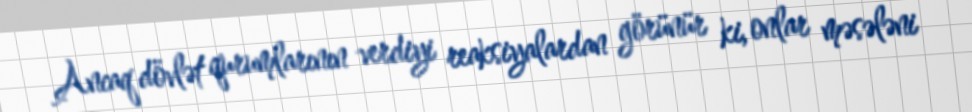
Ancaq dövlət qurumlarının verdiyi reaksiyalardan görünür ki, onlar məsələni